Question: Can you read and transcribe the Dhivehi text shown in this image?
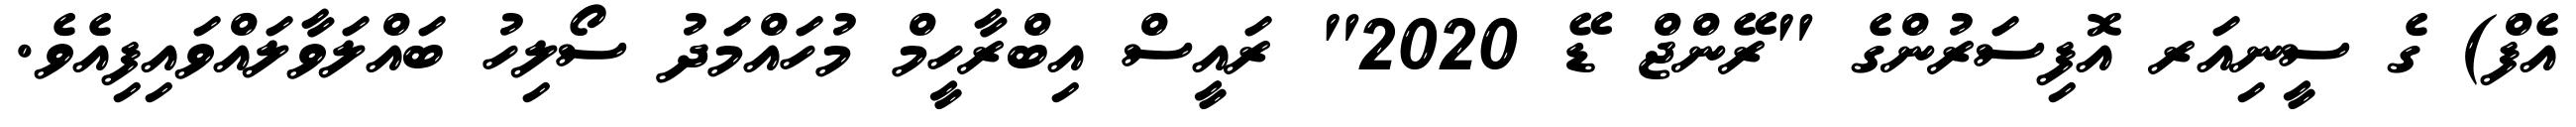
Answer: އެފް) ގެ ސީނިއަރ އޮފިސަރުންގެ "ރޭންޖް ޑޭ 2020" ރައީސް އިބްރާހީމް މުހައްމަދު ސޯލިހު ބައްލަވާލައްވައިފިއެވެ.